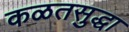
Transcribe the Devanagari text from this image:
कळतसुद्धा